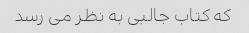
که کتاب جالبی به نظر می رسد